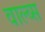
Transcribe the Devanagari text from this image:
वाल्व्स